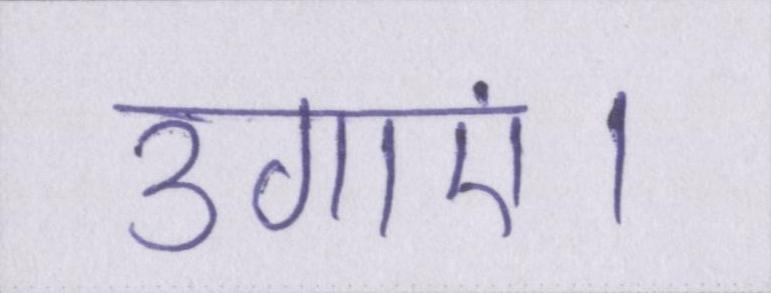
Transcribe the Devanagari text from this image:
उगाएं।